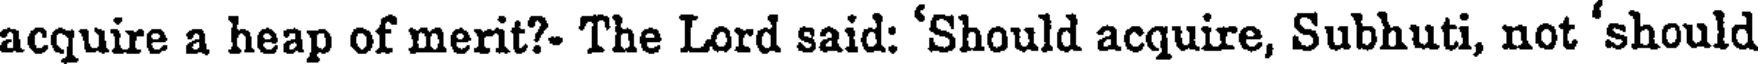
acquire a heap of merit?- The Lord said: 'Should acquire, Subhuti, not 'should